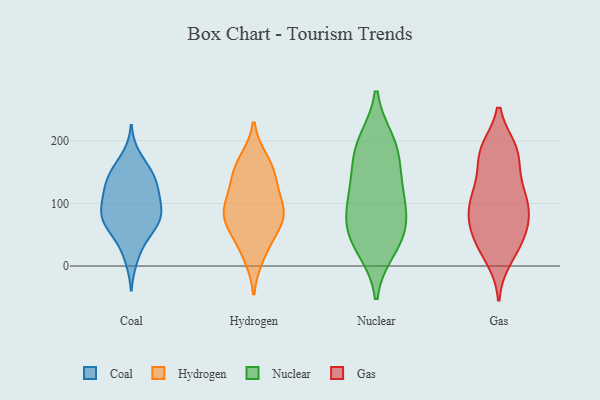
{"axis": {"x": "Bounce Rate (%)", "y": "Value"}, "legend": ["Coal", "Gas", "Hydrogen", "Nuclear"], "data": [{"x": "", "y": 80, "type": "Coal"}, {"x": "", "y": 146, "type": "Coal"}, {"x": "", "y": 174, "type": "Coal"}, {"x": "", "y": 133, "type": "Coal"}, {"x": "", "y": 151, "type": "Coal"}, {"x": "", "y": 69, "type": "Coal"}, {"x": "", "y": 36, "type": "Coal"}, {"x": "", "y": 12, "type": "Coal"}, {"x": "", "y": 146, "type": "Coal"}, {"x": "", "y": 113, "type": "Coal"}, {"x": "", "y": 129, "type": "Coal"}, {"x": "", "y": 105, "type": "Coal"}, {"x": "", "y": 69, "type": "Coal"}, {"x": "", "y": 107, "type": "Coal"}, {"x": "", "y": 93, "type": "Coal"}, {"x": "", "y": 63, "type": "Coal"}, {"x": "", "y": 66, "type": "Coal"}, {"x": "", "y": 83, "type": "Coal"}, {"x": "", "y": 85, "type": "Hydrogen"}, {"x": "", "y": 127, "type": "Hydrogen"}, {"x": "", "y": 84, "type": "Hydrogen"}, {"x": "", "y": 157, "type": "Hydrogen"}, {"x": "", "y": 17, "type": "Hydrogen"}, {"x": "", "y": 94, "type": "Hydrogen"}, {"x": "", "y": 78, "type": "Hydrogen"}, {"x": "", "y": 71, "type": "Hydrogen"}, {"x": "", "y": 40, "type": "Hydrogen"}, {"x": "", "y": 167, "type": "Hydrogen"}, {"x": "", "y": 143, "type": "Hydrogen"}, {"x": "", "y": 139, "type": "Nuclear"}, {"x": "", "y": 38, "type": "Nuclear"}, {"x": "", "y": 68, "type": "Nuclear"}, {"x": "", "y": 81, "type": "Nuclear"}, {"x": "", "y": 124, "type": "Nuclear"}, {"x": "", "y": 191, "type": "Nuclear"}, {"x": "", "y": 107, "type": "Nuclear"}, {"x": "", "y": 57, "type": "Nuclear"}, {"x": "", "y": 28, "type": "Nuclear"}, {"x": "", "y": 182, "type": "Nuclear"}, {"x": "", "y": 198, "type": "Nuclear"}, {"x": "", "y": 136, "type": "Gas"}, {"x": "", "y": 186, "type": "Gas"}, {"x": "", "y": 128, "type": "Gas"}, {"x": "", "y": 99, "type": "Gas"}, {"x": "", "y": 184, "type": "Gas"}, {"x": "", "y": 71, "type": "Gas"}, {"x": "", "y": 90, "type": "Gas"}, {"x": "", "y": 50, "type": "Gas"}, {"x": "", "y": 118, "type": "Gas"}, {"x": "", "y": 182, "type": "Gas"}, {"x": "", "y": 100, "type": "Gas"}, {"x": "", "y": 37, "type": "Gas"}, {"x": "", "y": 67, "type": "Gas"}, {"x": "", "y": 102, "type": "Gas"}, {"x": "", "y": 183, "type": "Gas"}, {"x": "", "y": 42, "type": "Gas"}, {"x": "", "y": 72, "type": "Gas"}, {"x": "", "y": 23, "type": "Gas"}, {"x": "", "y": 12, "type": "Gas"}, {"x": "", "y": 179, "type": "Gas"}]}